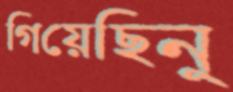
গিয়েছিনু